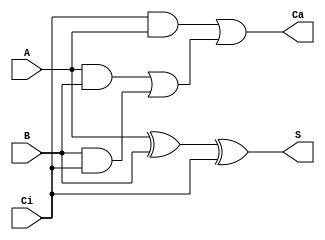
`timescale 1ns / 1ps
//////////////////////////////////////////////////////////////////////////////////
// Company: 
// Engineer: 
// 
// Design Name: 
// Module Name:    fulladder 
// Project Name: 
// Target Devices: 
// Tool versions: 
// Description: 
//
// Dependencies: 
//
// Revision: 
// Revision 0.01 - File Created
// Additional Comments: 
//
//////////////////////////////////////////////////////////////////////////////////
module fullAdder(
    input A,
    input B,
    input Ci,
    output S,
    output Ca
);
	
	wire w1, w2, w3, w4, w5;
	
	xor xor0 (w1, A, B);
	xor xor1 (S, w1, Ci);
	
	and and0 (w2, A, B);
	and and1 (w3, B, Ci);
	and and3 (w4, Ci, A);
	
	or or0 (w5, w2, w3);
	or or1 (Ca, w4, w5);
	
endmodule